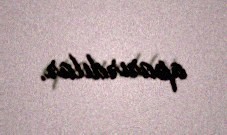
aparırdılar.